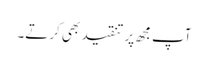
آپ مجھ پر تنقید بھی کرتے۔